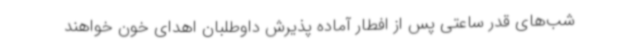
شب‌های قدر ساعتی پس از افطار آماده پذیرش داوطلبان اهدای خون خواهند